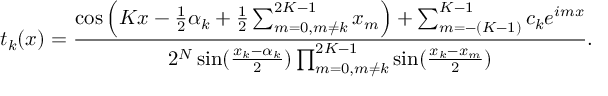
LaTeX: t _ { k } ( x ) = { \frac { \cos \left( K x - { \frac { 1 } { 2 } } \alpha _ { k } + { \frac { 1 } { 2 } } \sum _ { m = 0 , m \neq k } ^ { 2 K - 1 } x _ { m } \right) + \sum _ { m = - ( K - 1 ) } ^ { K - 1 } c _ { k } e ^ { i m x } } { 2 ^ { N } \sin ( { \frac { x _ { k } - \alpha _ { k } } { 2 } } ) \prod _ { m = 0 , m \neq k } ^ { 2 K - 1 } \sin ( { \frac { x _ { k } - x _ { m } } { 2 } } ) } } .